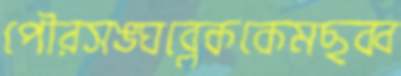
পৌরসঙ্ঘব্লেককেমছব্ব